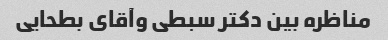
مناظره بین دکتر سبطی وآقای بطحایی